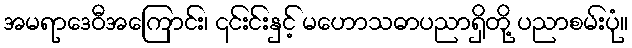
အမရာဒေဝီအကြောင်း၊ ၎င်းင်းနှင့် မဟောသဓာပညာရှိတို့ ပညာစမ်းပုံ။